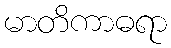
မာတိကာဓရာ